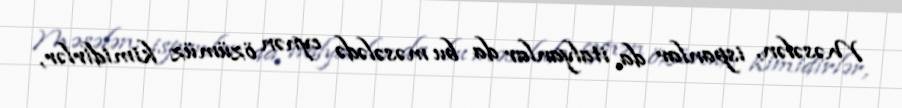
Məsələn, ispanlar da, italyanlar da bu məsələdə eynən özümüz kimidirlər,